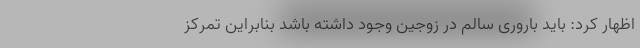
اظهار کرد: باید باروری سالم در زوجین وجود داشته باشد بنابراین تمرکز